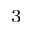
^ 3